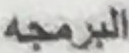
البرمجه